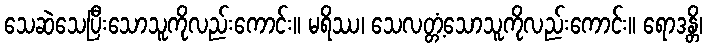
သေဆဲသေပြီးသောသူကိုလည်းကောင်း။ မရိဿ၊ သေလတ္တံ့သောသူကိုလည်းကောင်း။ ရောဒန္တိ၊